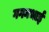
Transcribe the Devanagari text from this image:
गगनभाई